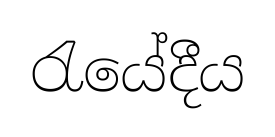
රැයේදීය